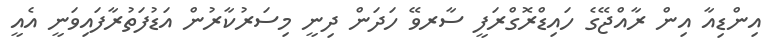
އިންޑިއާ އިން ރާއްޖޭގެ ހައިޑްރޮގްރަފީ ސާރވޭ ހަދަން ދިނީ މިސަރުކާރުން އަޑުފަތުރާފައިވަނީ އެއީ